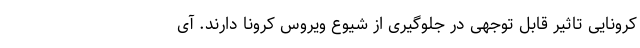
کرونایی تاثیر قابل توجهی در جلوگیری از شیوع ویروس کرونا دارند. آی